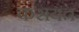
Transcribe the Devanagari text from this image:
करायत